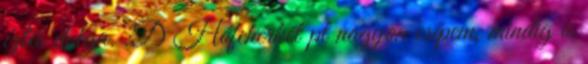
ízlés dolga. :D Hófehérkét pl nagyon csípem, mindig is